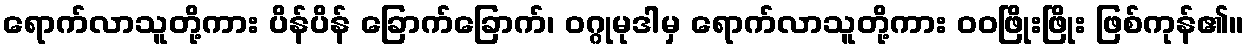
ရောက်လာသူတို့ကား ပိန်ပိန် ခြောက်ခြောက်၊ ဝဂ္ဂုမုဒါမှ ရောက်လာသူတို့ကား ဝဝဖြိုးဖြိုး ဖြစ်ကုန်၏။